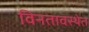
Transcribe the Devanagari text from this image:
विनतावस्थेत